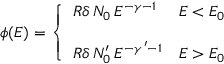
\phi ( E ) = \left\{ \begin{array} { l l } { { R \delta \, N _ { 0 } \, E ^ { - \gamma - 1 } } } & { { E < E _ { 0 } } } \\ { { } } & { { } } \\ { { R \delta \, N _ { 0 } ^ { \prime } \, E ^ { - \gamma ^ { \prime } - 1 } } } & { { E > E _ { 0 } } } \end{array} \right.